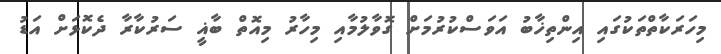
މިހަރަކާތްތަކުގައި އިންތިޚާބު އަވަސްކުރުމަށް ގޮވާލުމާއި މިހާރު މިއޮތް ބާޣީ ސަރުކާރާ ދެކޮޅަށް އަޑު